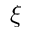
\xi